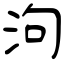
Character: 泃